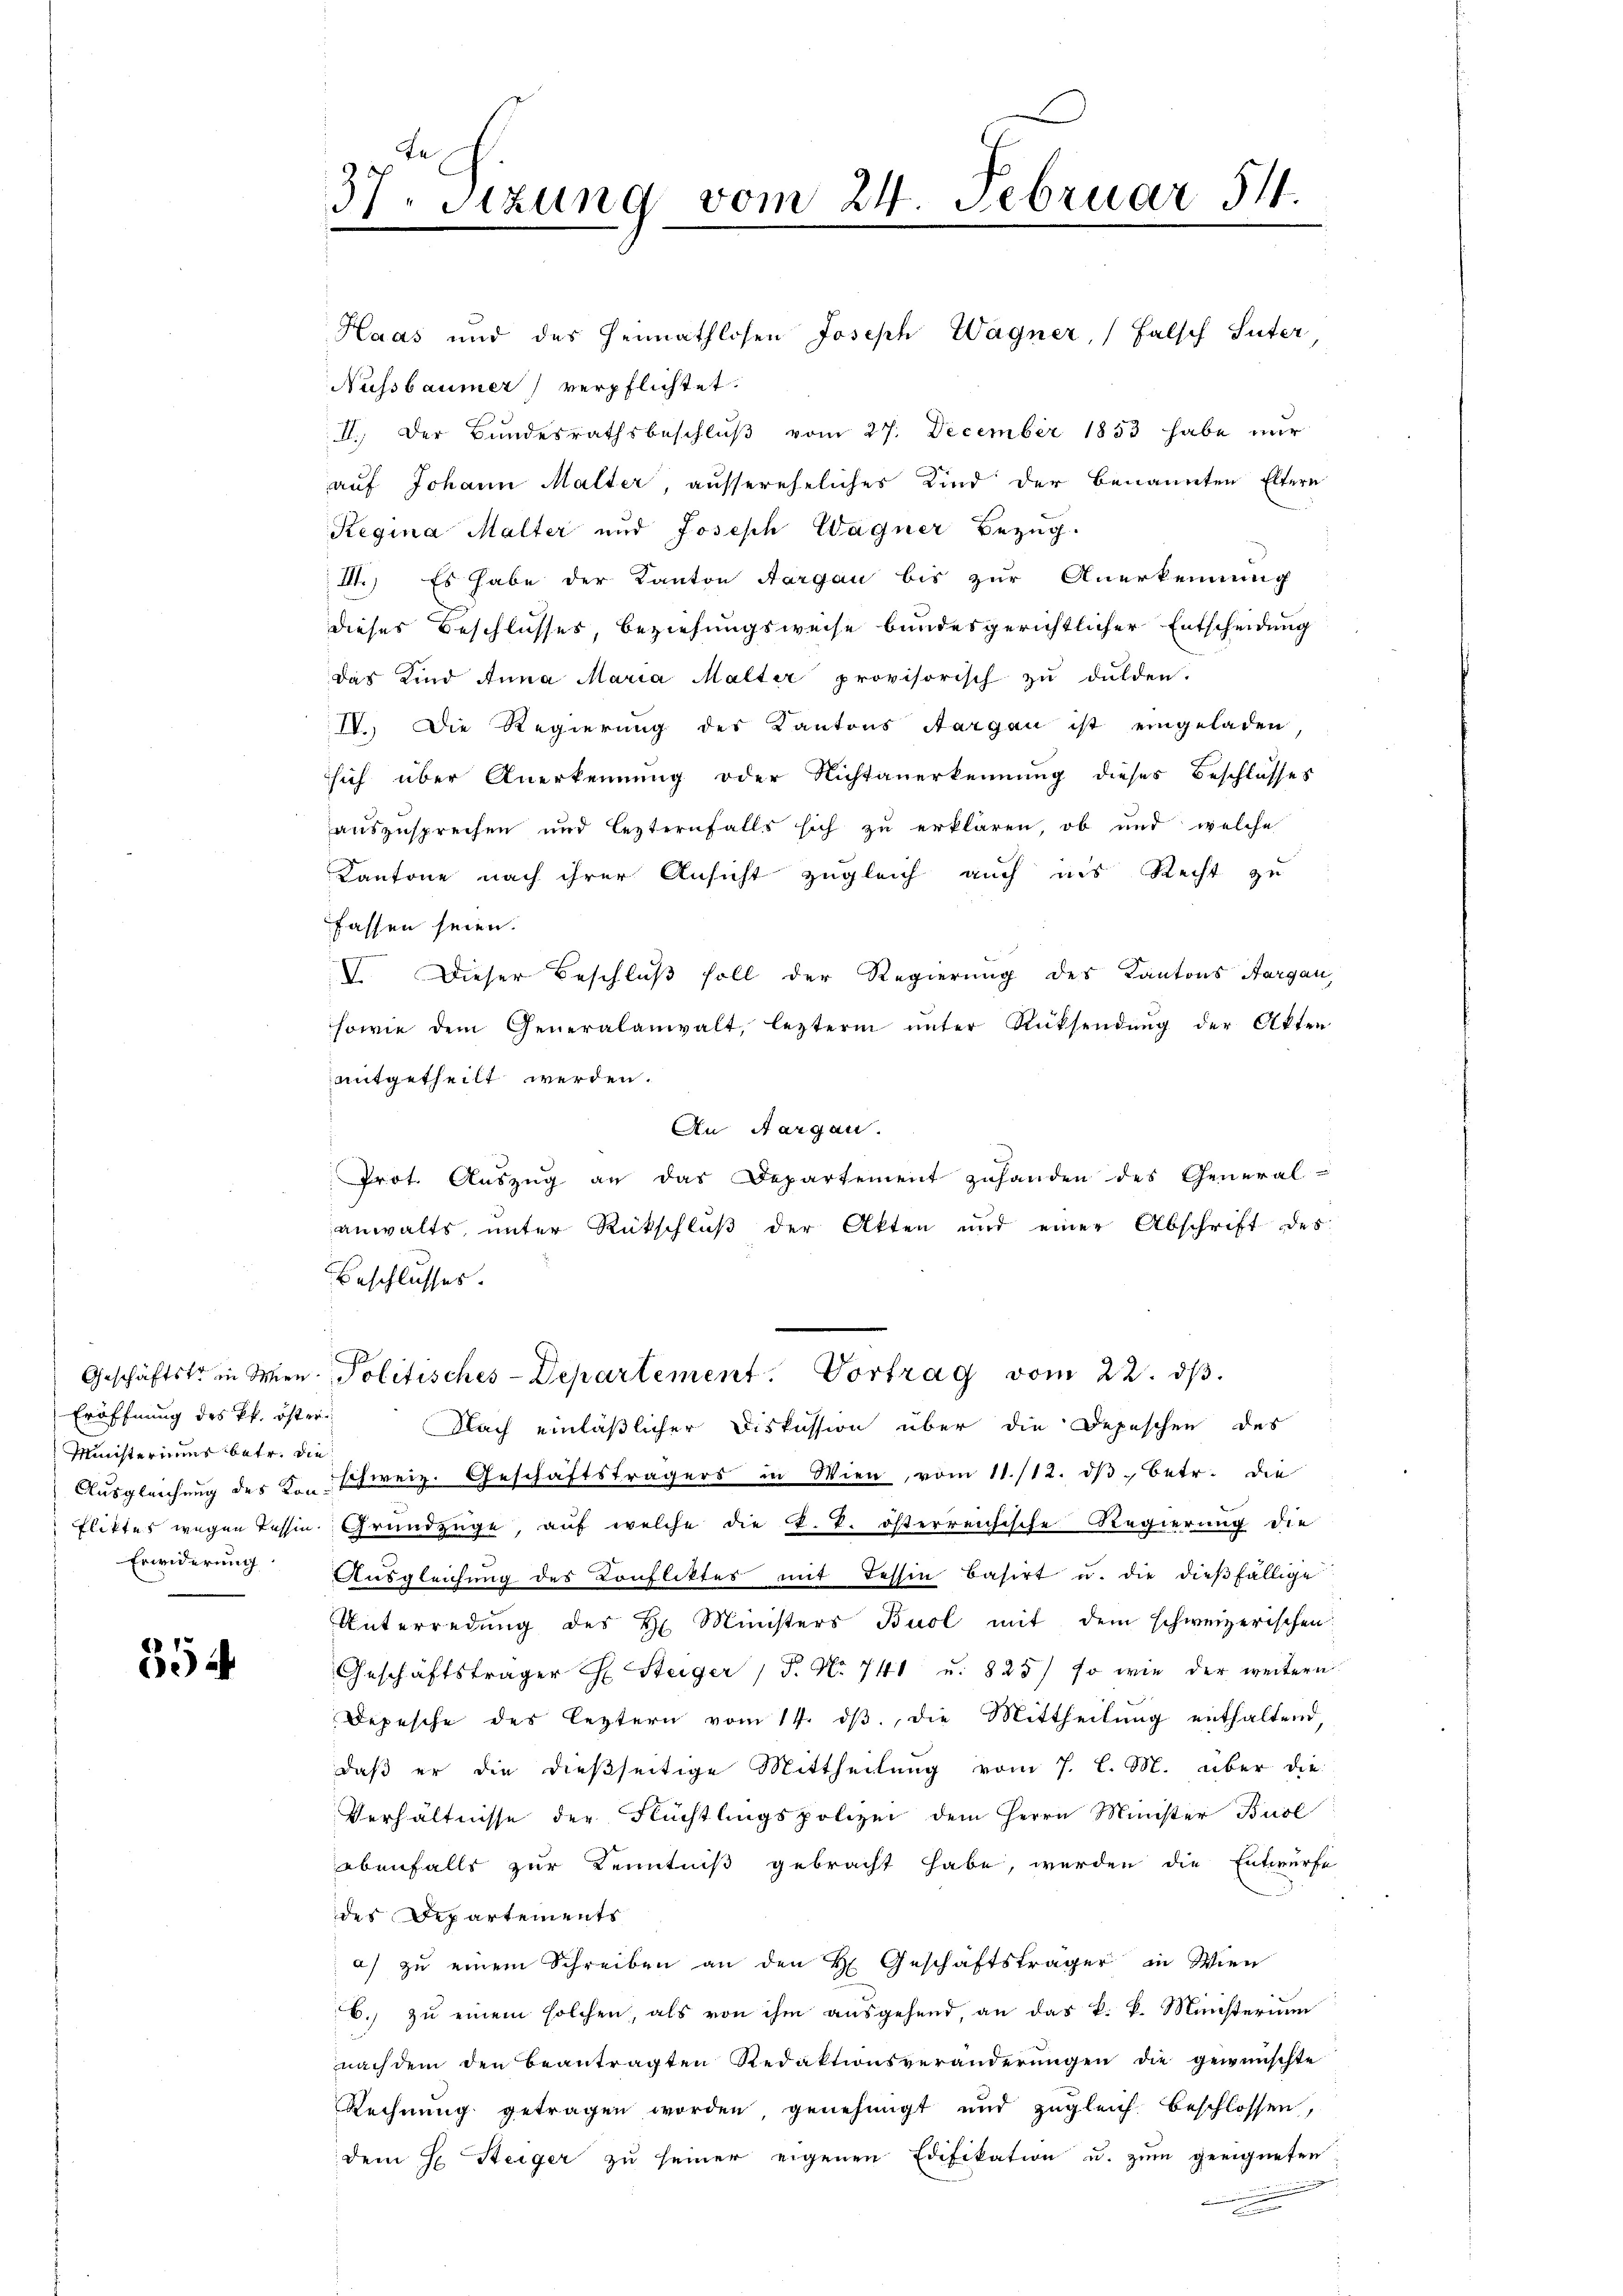
Eröffnung des Pf. öster
Ministeriums betr. die
Erwiderung

61
e

37. Sizung vom 24. Februar 511.

Haas und des Heimathlosen Joseph Wagner, falsch Suter,
Nussbaumer) verpflichtet:
II. Der Bundesrathsbeschlŭβ vom 27. December 1853 habe nur
auf Johann Malter, aussereheliches Kind der benannten Eltern
Regina Malter und Joseph Wagner Bezug.
II.) Es habe der Kanton Aargau bis zur Anerkennung
dieses Beschlusses, beziehungsweise bundesgerichtlicher Entscheidung
das Kind Anna Maria Malter provisorisch zu dulden.
IV. Die Regierung des Kantons Aargau ist eingeladen
sich über Anerkennung oder Nichtanerkennung dieses Beschlasses
auszusprechen und lezternfalls sich zu erklären, ob und welche
Kantone nach ihrer Ansicht zugleich auch ins Recht zu
fassen seien.
V. Dieser Beschluß soll der Regierung des Kantons Aargau,
sowie dem Generalanwalt, lezterm ŭnter Rücksendŭng der Akten
mitgetheilt werden.
An Aargau.
Prot. Aŭszŭg an das Departement zuhanden des General-
anwalts, unter Rückschluß der Akten und einer Abschrift des
Beschlusses.
Geschäftstrin Men- Politisches-Departement. Vortrag vom 22. dβ.
Nach einläßlicher Diskussion über die Depeschen des
Ausgleichŭng des Conschweiz. Geschäftsträgers in Wien, vom 11./12. dβ betr. die
fliktes wegen Tessin Grundzüge, auf welche die k. k. österreichische Regierung die
Ausgleichung des Konfliktes mit Tessin basirt u. die dießfällige
Unterredung des H. Ministers Buol mit dem schweizerischen
Geschäftsträger Ch. Steiger , P. Nr. 741 u. 825) so wie der weitern
Depesche des leztern vom 14. ds., die Mittheilung enthaltend,
daß er die dießseitige Mittheilung vom 7. l. M. über die
Verhältnisse der Flüchtlingspolizei dem Herrn Minister Busl
ebenfalls zur Kenntniß gebracht habe, werden die Entwurfe
des Departements
a) zu einem Schreiben an den H. Geschäftsträger in Wien
6. zu einem solchen, als von ihm ausgehend, an das k. k. Ministerium
nach dem den beantragten Redaktionsveränderŭngen die gewünschte
Rechnung getragen worden genehmigt und zugleich beschlossen,
dem H. Steiger zŭ seiner eigenen Edifikation u. zŭm geeigneten
unenden
.